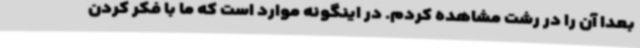
بعدا آن را در رشت مشاهده کردم. در اینگونه موارد است که ما با فکر کردن